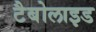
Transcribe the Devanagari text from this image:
टैबोलाइड